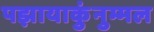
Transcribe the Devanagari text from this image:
पझायाकुंनुम्मल